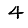
Digit: 4